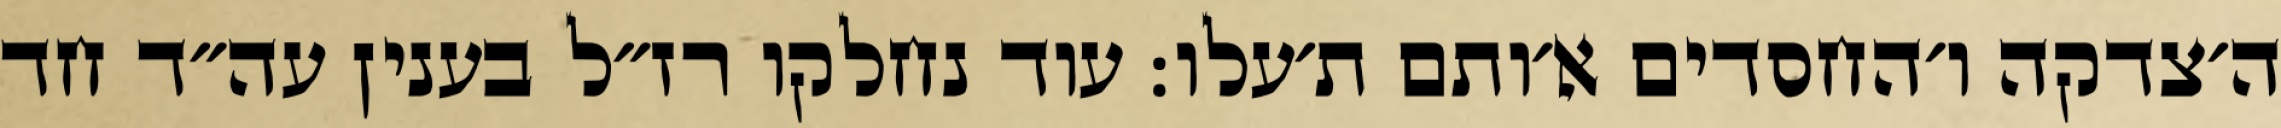
ה׳צדקה ו׳החסדים א׳ותם ת׳עלו: עוד נחלקו רז״ל בענין עה״ד חד